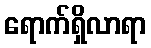
ရောက်ရှိလာရာ